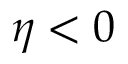
\eta < 0